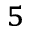
^ 5